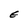
Character: E